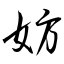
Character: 妨